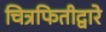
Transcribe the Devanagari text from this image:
चित्रफितीद्वारे